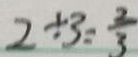
2 \div 3 = \frac { 2 } { 3 }